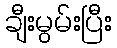
ချီးမွမ်းပြီး